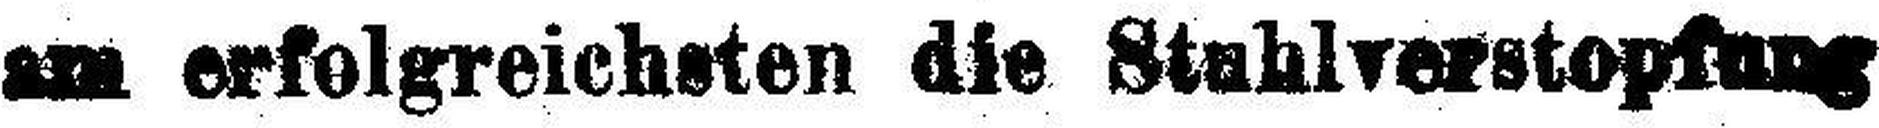
am erfolgreichsten die Stahlverstopfung